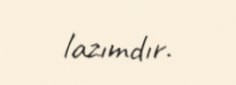
lazımdır.